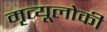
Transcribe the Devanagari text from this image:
मृत्यूलोकी